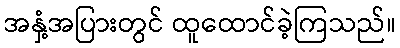
အနှံ့အပြားတွင် ထူထောင်ခဲ့ကြသည်။